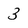
Character: 3